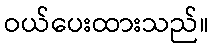
ဝယ်ပေးထားသည်။